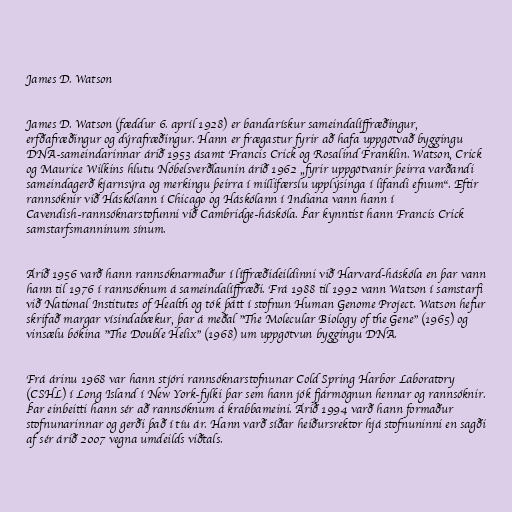
James D. Watson

James D. Watson (fæddur 6. apríl 1928) er bandarískur sameindalíffræðingur,
erfðafræðingur og dýrafræðingur. Hann er frægastur fyrir að hafa uppgötvað byggingu
DNA-sameindarinnar árið 1953 ásamt Francis Crick og Rosalind Franklin. Watson, Crick
og Maurice Wilkins hlutu Nóbelsverðlaunin árið 1962 „fyrir uppgötvanir þeirra varðandi
sameindagerð kjarnsýra og merkingu þeirra í millifærslu upplýsinga í lifandi efnum“. Eftir
rannsóknir við Háskólann í Chicago og Háskólann í Indiana vann hann í
Cavendish-rannsóknarstofunni við Cambridge-háskóla. Þar kynntist hann Francis Crick
samstarfsmanninum sínum.

Árið 1956 varð hann rannsóknarmaður í líffræðideildinni við Harvard-háskóla en þar vann
hann til 1976 í rannsóknum á sameindalíffræði. Frá 1988 til 1992 vann Watson í samstarfi
við National Institutes of Health og tók þátt í stofnun Human Genome Project. Watson hefur
skrifað margar vísindabækur, þar á meðal "The Molecular Biology of the Gene" (1965) og
vinsælu bókina "The Double Helix" (1968) um uppgötvun byggingu DNA.

Frá árinu 1968 var hann stjóri rannsóknarstofnunar Cold Spring Harbor Laboratory
(CSHL) í Long Island í New York-fylki þar sem hann jók fjármögnun hennar og rannsóknir.
Þar einbeitti hann sér að rannsóknum á krabbameini. Árið 1994 varð hann formaður
stofnunarinnar og gerði það í tíu ár. Hann varð síðar heiðursrektor hjá stofnuninni en sagði
af sér árið 2007 vegna umdeilds viðtals.